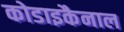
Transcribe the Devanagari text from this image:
कोडाइकैनाल